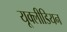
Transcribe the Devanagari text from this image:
यूक्लीडियन